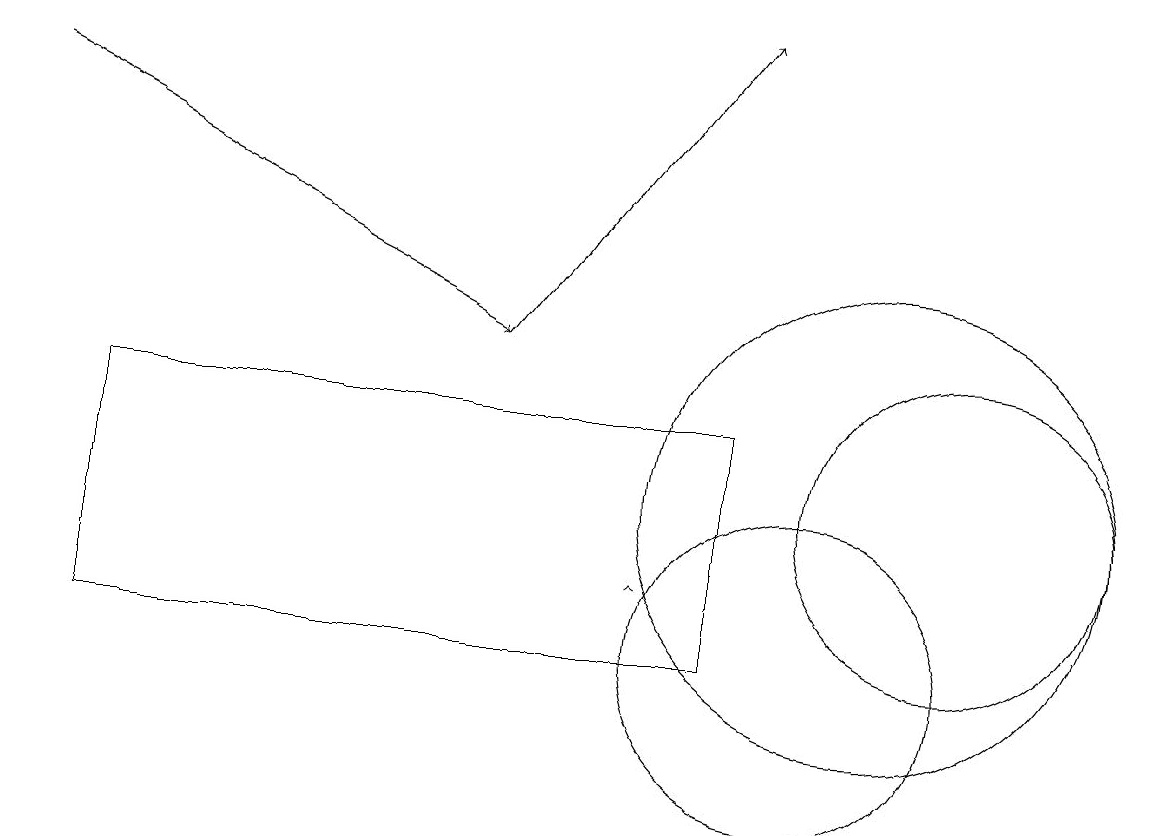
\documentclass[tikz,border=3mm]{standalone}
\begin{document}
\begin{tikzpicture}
\draw (11,12) circle (3);
\draw[->] (0,17) -- (6,14);
\draw[->] (8,11) -- (8,11);
\draw (10,10) circle (2);
\draw (1,10) rectangle (9,13);
\draw (12,12) circle (2);
\draw[->] (6,14) -- (9,18);
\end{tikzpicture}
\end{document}